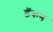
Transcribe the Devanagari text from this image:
डॅकन